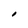
Character: I